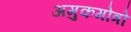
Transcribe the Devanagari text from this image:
अमुकगोत्रो